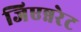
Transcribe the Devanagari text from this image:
जिएन्नरेट